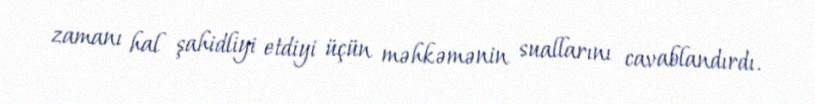
zamanı hal şahidliyi etdiyi üçün məhkəmənin suallarını cavablandırdı.